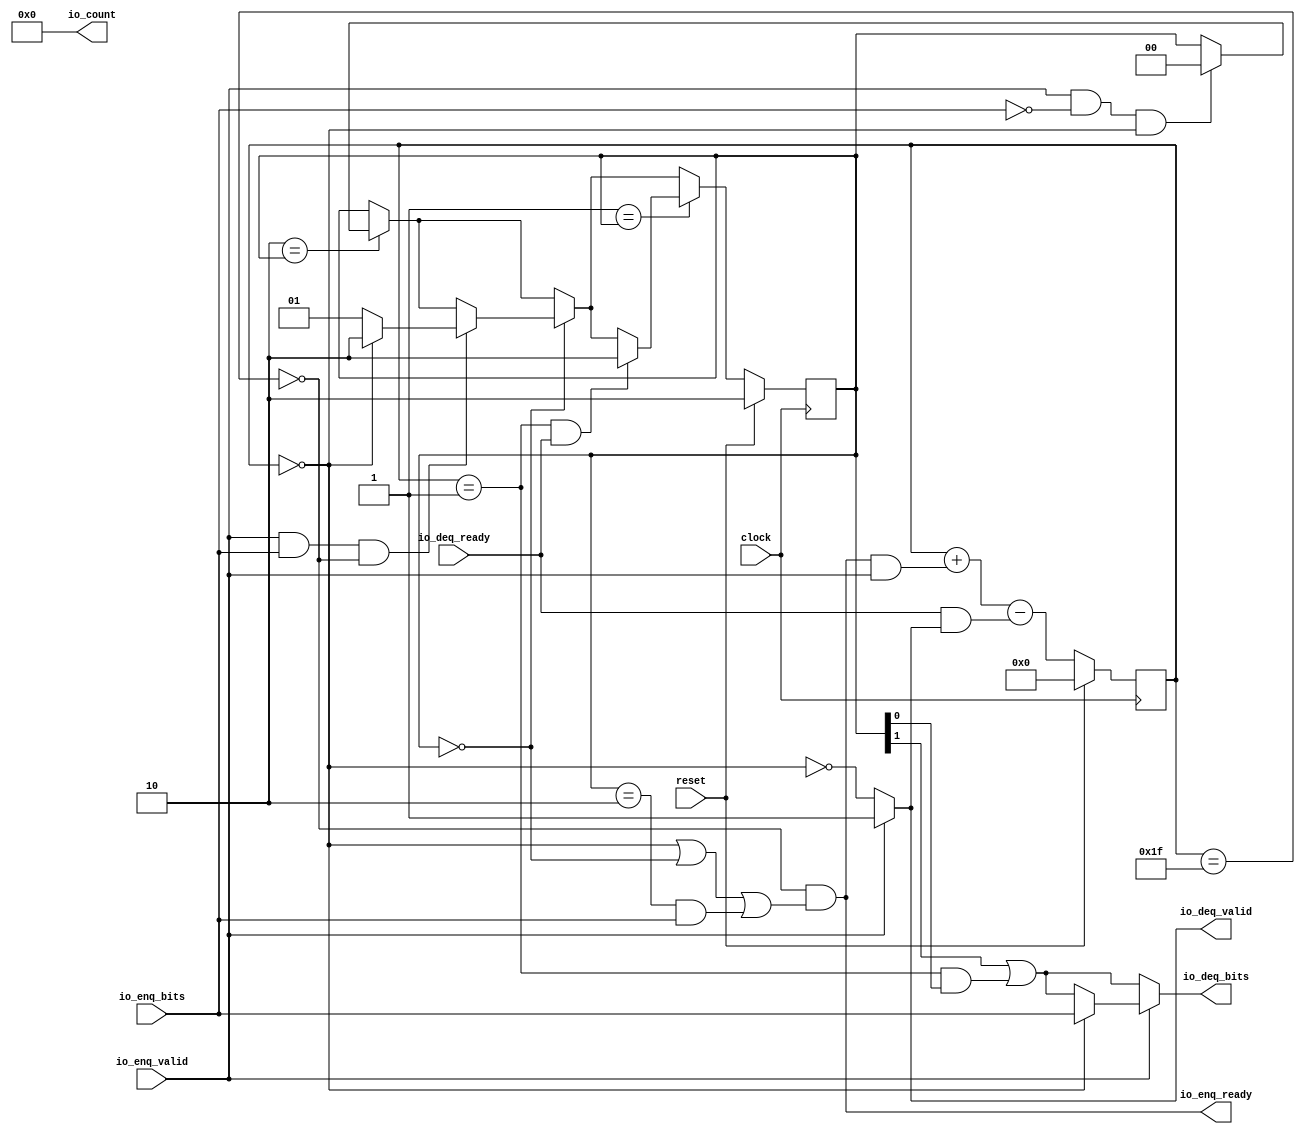
module AXI4FragmenterAXI4FragmenterSideband(
  input   clock,
  input   reset,
  output  io_enq_ready,
  input   io_enq_valid,
  input   io_enq_bits,
  input   io_deq_ready,
  output  io_deq_valid,
  output  io_deq_bits,
  output [5:0] io_count
);
  reg [1:0] state;
  reg [31:0] _GEN_11;
  reg [4:0] count;
  reg [31:0] _GEN_12;
  wire  full;
  wire  empty;
  wire  last;
  wire  _T_31;
  wire  _T_32;
  wire  _T_33;
  wire  _T_34;
  wire  _T_36;
  wire  _T_38;
  wire  _T_39;
  wire  _T_40;
  wire  _T_41;
  wire  _T_42;
  wire  _T_43;
  wire  _T_44;
  wire  _T_45;
  wire  _T_47;
  wire  _T_48;
  wire  _T_49;
  wire  _T_51;
  wire  _GEN_0;
  wire  _GEN_1;
  wire  _GEN_2;
  wire  _T_53;
  wire [4:0] _GEN_9;
  wire [5:0] _T_54;
  wire [4:0] _T_55;
  wire  _T_56;
  wire [4:0] _GEN_10;
  wire [5:0] _T_57;
  wire [4:0] _T_58;
  wire  _T_59;
  wire  _T_61;
  wire  _T_62;
  wire  _T_63;
  wire [1:0] _GEN_3;
  wire [1:0] _GEN_4;
  wire  _T_64;
  wire  _T_65;
  wire  _T_68;
  wire [1:0] _T_69;
  wire [1:0] _GEN_5;
  wire [1:0] _GEN_6;
  wire  _T_70;
  wire  _T_71;
  wire [1:0] _GEN_7;
  wire [1:0] _GEN_8;
  assign io_enq_ready = _T_44;
  assign io_deq_valid = _GEN_1;
  assign io_deq_bits = _GEN_2;
  assign io_count = 6'h0;
  assign full = count == 5'h1f;
  assign empty = count == 5'h0;
  assign last = count == 5'h1;
  assign _T_31 = state[1];
  assign _T_32 = state[0];
  assign _T_33 = last & _T_32;
  assign _T_34 = _T_31 | _T_33;
  assign _T_36 = empty == 1'h0;
  assign _T_38 = full == 1'h0;
  assign _T_39 = state == 2'h0;
  assign _T_40 = empty | _T_39;
  assign _T_41 = state == 2'h2;
  assign _T_42 = _T_41 & io_enq_bits;
  assign _T_43 = _T_40 | _T_42;
  assign _T_44 = _T_38 & _T_43;
  assign _T_45 = state != 2'h1;
  assign _T_47 = count != 5'h0;
  assign _T_48 = _T_45 | _T_47;
  assign _T_49 = _T_48 | reset;
  assign _T_51 = _T_49 == 1'h0;
  assign _GEN_0 = empty ? io_enq_bits : _T_34;
  assign _GEN_1 = io_enq_valid ? 1'h1 : _T_36;
  assign _GEN_2 = io_enq_valid ? _GEN_0 : _T_34;
  assign _T_53 = io_enq_ready & io_enq_valid;
  assign _GEN_9 = {{4'd0}, _T_53};
  assign _T_54 = count + _GEN_9;
  assign _T_55 = _T_54[4:0];
  assign _T_56 = io_deq_ready & io_deq_valid;
  assign _GEN_10 = {{4'd0}, _T_56};
  assign _T_57 = _T_55 - _GEN_10;
  assign _T_58 = _T_57[4:0];
  assign _T_59 = 2'h2 == state;
  assign _T_61 = io_enq_bits == 1'h0;
  assign _T_62 = io_enq_valid & _T_61;
  assign _T_63 = _T_62 & empty;
  assign _GEN_3 = _T_63 ? 2'h0 : state;
  assign _GEN_4 = _T_59 ? _GEN_3 : state;
  assign _T_64 = 2'h0 == state;
  assign _T_65 = io_enq_valid & io_enq_bits;
  assign _T_68 = _T_65 & _T_38;
  assign _T_69 = empty ? 2'h2 : 2'h1;
  assign _GEN_5 = _T_68 ? _T_69 : _GEN_4;
  assign _GEN_6 = _T_64 ? _GEN_5 : _GEN_4;
  assign _T_70 = 2'h1 == state;
  assign _T_71 = last & io_deq_ready;
  assign _GEN_7 = _T_71 ? 2'h2 : _GEN_6;
  assign _GEN_8 = _T_70 ? _GEN_7 : _GEN_6;
`ifdef RANDOMIZE
  integer initvar;
  initial begin
    `ifndef verilator
      #0.002 begin end
    `endif
  `ifdef RANDOMIZE_REG_INIT
  _GEN_11 = {1{$random}};
  state = _GEN_11[1:0];
  `endif
  `ifdef RANDOMIZE_REG_INIT
  _GEN_12 = {1{$random}};
  count = _GEN_12[4:0];
  `endif
  end
`endif
  always @(posedge clock) begin
    if (reset) begin
      state <= 2'h2;
    end else begin
      if (_T_70) begin
        if (_T_71) begin
          state <= 2'h2;
        end else begin
          if (_T_64) begin
            if (_T_68) begin
              if (empty) begin
                state <= 2'h2;
              end else begin
                state <= 2'h1;
              end
            end else begin
              if (_T_59) begin
                if (_T_63) begin
                  state <= 2'h0;
                end
              end
            end
          end else begin
            if (_T_59) begin
              if (_T_63) begin
                state <= 2'h0;
              end
            end
          end
        end
      end else begin
        if (_T_64) begin
          if (_T_68) begin
            if (empty) begin
              state <= 2'h2;
            end else begin
              state <= 2'h1;
            end
          end else begin
            if (_T_59) begin
              if (_T_63) begin
                state <= 2'h0;
              end
            end
          end
        end else begin
          if (_T_59) begin
            if (_T_63) begin
              state <= 2'h0;
            end
          end
        end
      end
    end
    if (reset) begin
      count <= 5'h0;
    end else begin
      count <= _T_58;
    end
    `ifndef SYNTHESIS
    `ifdef PRINTF_COND
      if (`PRINTF_COND) begin
    `endif
        if (_T_51) begin
          $fwrite(32'h80000002,"Assertion failed\n    at Fragmenter.scala:267 assert (state =/= WAIT || count =/= UInt(0))\n");
        end
    `ifdef PRINTF_COND
      end
    `endif
    `endif
    `ifndef SYNTHESIS
    `ifdef STOP_COND
      if (`STOP_COND) begin
    `endif
        if (_T_51) begin
          $fatal;
        end
    `ifdef STOP_COND
      end
    `endif
    `endif
  end
endmodule